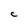
Character: c